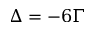
\Delta = - 6 \Gamma